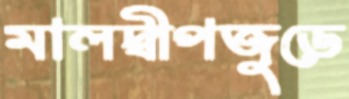
মালদ্বীপজুড়ে